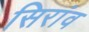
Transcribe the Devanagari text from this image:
सिरांव